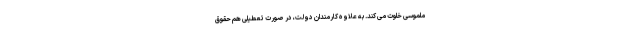
ملموسی خلوت می کند. به علاوه کارمندان دولت، در صورت تعطیلی هم حقوق